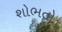
શોભતો